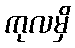
ကုလမှိ